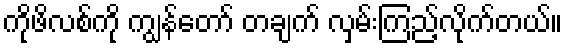
ကိုဖိလစ်ကို ကျွန်တော် တချက် လှမ်းကြည့်လိုက်တယ်။